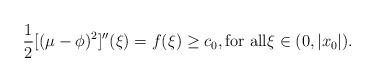
LaTeX: \begin{align*}\frac{1}{2}[(\mu-\phi)^2]^{\prime\prime}(\xi)=f(\xi)\geq c_0,\mbox{for all}\xi\in (0,|x_0|).\end{align*}